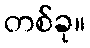
တစ်ခု။